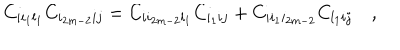
C _ { i i _ { 1 } l _ { 1 } } C _ { i _ { 2 m - 2 } i j } = C _ { i i _ { 2 m - 2 } l _ { 1 } } C _ { i _ { 1 } i j } + C _ { i i _ { 1 } i _ { 2 m - 2 } } C _ { l _ { 1 } i j } \quad ,